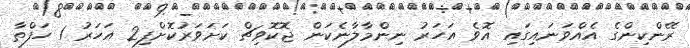
ރޭންކިންގެ އެއްވަނައިގައި އޮވެ އަހަރު ނިންމާލާނެކަން ޖޮކޮވިޗް ކަށަވަރުކޮށްފި2 އަހަރު 1 ހަފްތާ